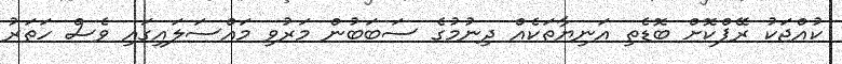
ކުއްޖަކު ރޭޕްކޮށް ބޮޑެތި އަނިޔާތަކެއް ދިނުމުގެ ސަބަބުން މަރުވި މައްސަލައިގައި ވެސް ހަތަރު